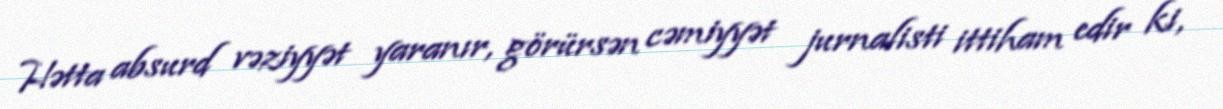
Hətta absurd vəziyyət yaranır, görürsən cəmiyyət jurnalisti ittiham edir ki,